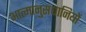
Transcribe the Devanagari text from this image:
आत्मानुसंधानियों